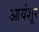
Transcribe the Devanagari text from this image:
आयंशूर